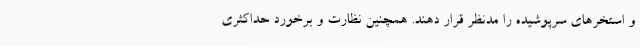
و استخرهای سرپوشیده را مدنظر قرار دهند. همچنین نظارت و برخورد حداکثری